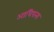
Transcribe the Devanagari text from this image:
आधिपत्त्य